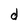
Character: d